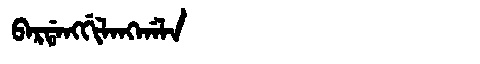
Manchu: ᠪᠠᡵᡩᠠᠩᡤᡳᠯᠠᠩᡤᠠᠯᠠ
Romanization: BARDANGGILANGGALA